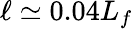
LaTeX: \ell\simeq 0.04L_{f}